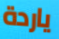
ياردة